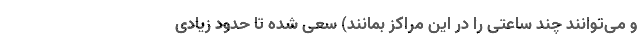
و می‌توانند چند ساعتی را در این مراکز بمانند) سعی شده تا حدود زیادی